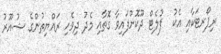
ރިޕޯރޓަކާއި އެކު  ފުލެޓް ދޫކޮށްފައިވާ ގޮތާއި މެދު ދިވެހި ރައްޔިތުންގެ ޝުއޫރު